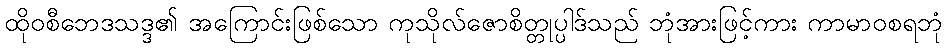
ထိုဝစီဘေဒသဒ္ဒ၏ အကြောင်းဖြစ်သော ကုသိုလ်ဇောစိတ္တုပ္ပါဒ်သည် ဘုံအားဖြင့်ကား ကာမာဝစရဘုံ